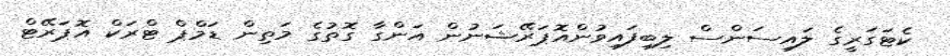
ކެޓަގަރީގެ ލައިސަންސް ލިބިފައިވުންއޮޕަރޭޝަނުން އަންގާ ގޮތުގެ މަތިން ޑަމްޕް ޓްރަކް އޮޕަރޭޓް